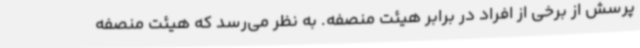
پرسش از برخی از افراد در برابر هیئت منصفه. به نظر می‌رسد که هیئت منصفه